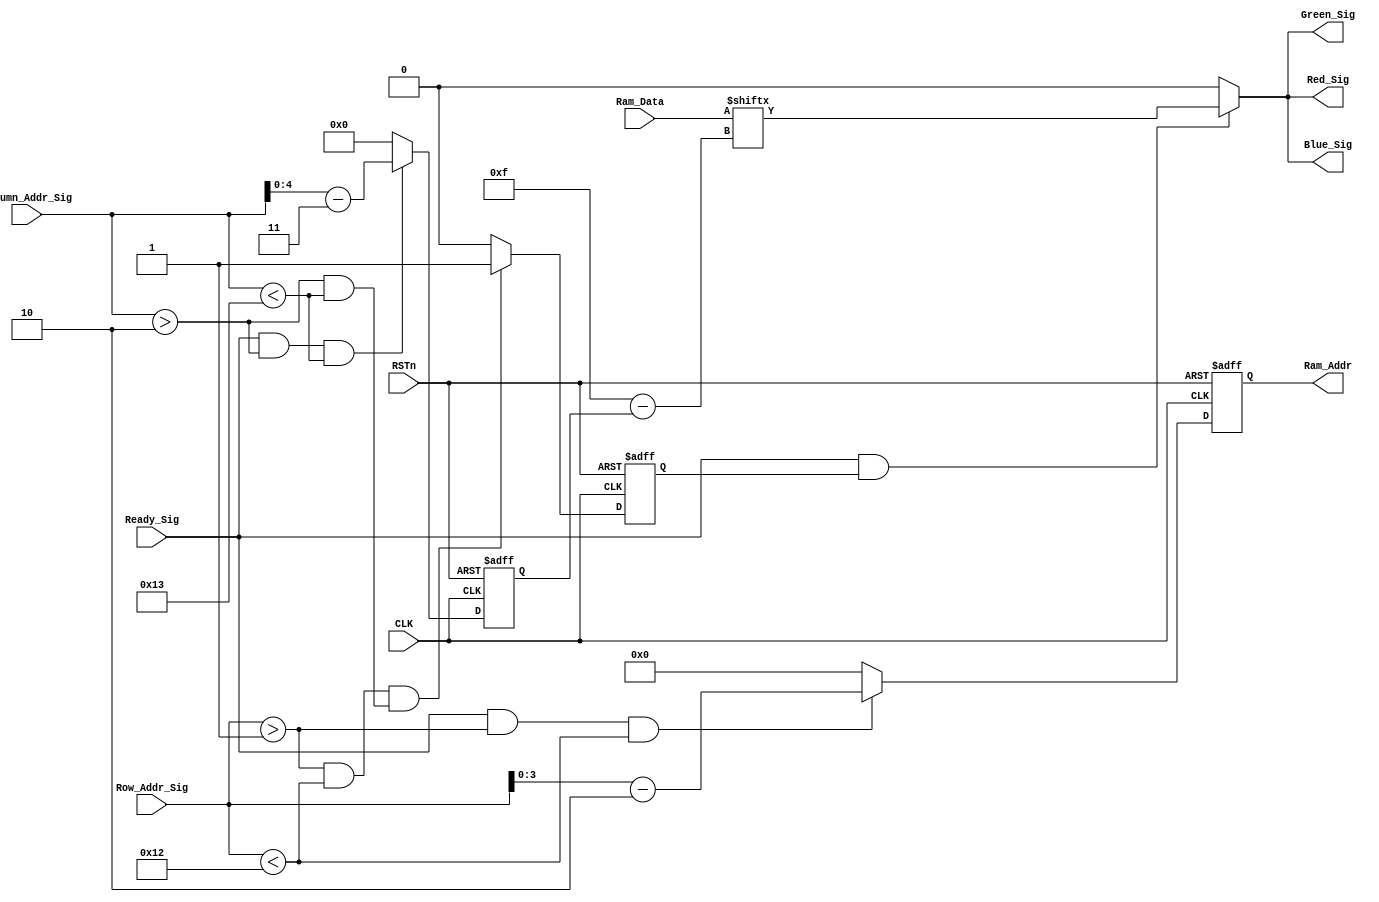
module vga_control_module
(
    CLK, RSTn,
	 Ready_Sig, Column_Addr_Sig, Row_Addr_Sig,
	 Ram_Data, Ram_Addr,
	 Red_Sig, Green_Sig, Blue_Sig
);
    input CLK;
	 input RSTn;
	 
	 input Ready_Sig;
	 input [10:0]Column_Addr_Sig;
	 input [10:0]Row_Addr_Sig;
	 
	 input [15:0]Ram_Data;
	 output [3:0]Ram_Addr;
	 
	 output Red_Sig;
	 output Green_Sig;
	 output Blue_Sig;
	 
	 /************************************/
	 
	 reg [4:0]m;
	
	 always @ ( posedge CLK or negedge RSTn )
	     if( !RSTn )
		      m <= 5'd0;
		  else if( Ready_Sig && Row_Addr_Sig > 1 && Row_Addr_Sig < 18 )
		      m <= Row_Addr_Sig[4:0] - 5'd2;
		  else
		      m <= 5'd0;
				
	 reg [4:0]n;
	
	 always @ ( posedge CLK or negedge RSTn )
	     if( !RSTn )
		      n <= 5'd0;
		  else if( Ready_Sig && Column_Addr_Sig > 2 && Column_Addr_Sig < 19 )
		      n <= Column_Addr_Sig[4:0] - 5'd3;
		  else
		      n <= 5'd0;	
				
	 /**********************************/
	 
	 reg isSize;
   
    always @ ( posedge CLK or negedge RSTn )
	    if( !RSTn )
		    isSize <= 1'b0;
		 else if( ( Row_Addr_Sig > 1 && Row_Addr_Sig < 18 ) && 
		          ( Column_Addr_Sig > 2 && Column_Addr_Sig < 19 ) )
		    isSize <= 1'b1;
		 else 
		    isSize <= 1'b0; 
    
    /**********************************/	 	
	
    assign Ram_Addr =  m[3:0] ;
	
	 assign Red_Sig = Ready_Sig && isSize ? Ram_Data[ 5'd15 - n ] : 1'b0;
	 assign Green_Sig = Ready_Sig && isSize ? Ram_Data[ 5'd15 - n ] : 1'b0;
	 assign Blue_Sig = Ready_Sig && isSize ? Ram_Data[ 5'd15 - n ] : 1'b0;
	 
	/***********************************/
	 

endmodule